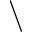
\backslash